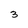
Character: 3